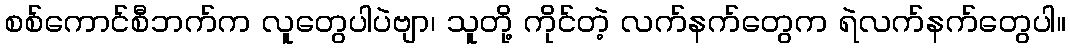
စစ်ကောင်စီဘက်က လူတွေပါပဲဗျာ၊ သူတို့ ကိုင်တဲ့ လက်နက်တွေက ရဲလက်နက်တွေပါ။